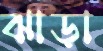
ঝাড়া